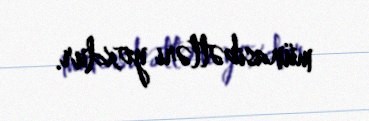
münasibətləri yoxdur.